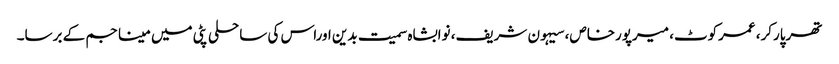
تھرپارکر، عمرکوٹ، میرپورخاص، سیہون شریف، نوابشاہ سمیت بدین اوراس کی ساحلی پٹی میں مینا جم کے برسا۔